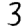
Digit: 3